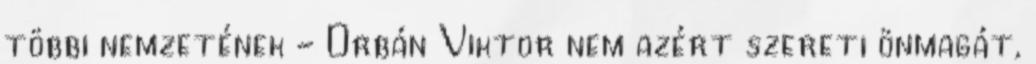
többi nemzetének - Orbán Viktor nem azért szereti önmagát,